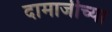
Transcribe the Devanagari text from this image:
दामाजीच्या